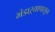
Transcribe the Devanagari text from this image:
भंडाऱ्यापासून